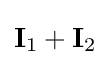
\mathbf {I} _{1}+\mathbf {I} _{2}